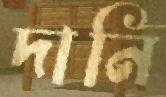
দানি